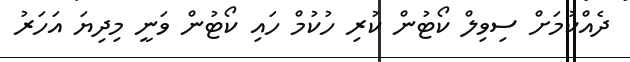
ދެއްކުމަށް ސިވިލް ކޯޓުން ކުރި ހުކުމް ހައި ކޯޓުން ވަނީ މިދިޔަ އަހަރު